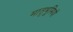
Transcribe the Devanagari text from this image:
मातृभूमियों